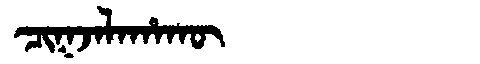
Manchu: ᠴᡳᡴᠵᠠᠯᠠᡥᠠᡴᡡ
Romanization: CIKJALAHAKŪ